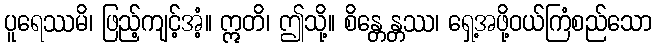
ပူရေဿမိ၊ ဖြည့်ကျင့်အံ့။ ဣတိ၊ ဤသို့။ စိန္တေန္တဿ၊ ရှေ့အဖို့ဝယ်ကြံစည်သော